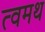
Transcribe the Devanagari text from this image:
त्वमथ